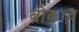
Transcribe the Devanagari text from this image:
ब्रोकाव